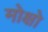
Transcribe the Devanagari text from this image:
मोक्षो